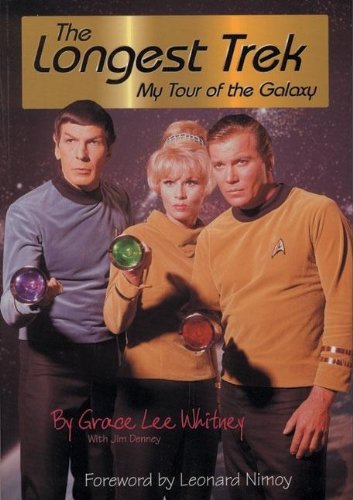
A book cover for The Longest Trek: My Tour of the Galaxy; Grace Lee Whitney; Humor & Entertainment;